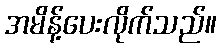
အမိန့်ပေးလိုက်သည်။